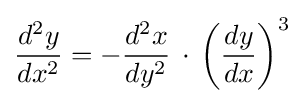
{\frac {d^{2}y}{dx^{2}}}=-{\frac {d^{2}x}{dy^{2}}}\,\cdot \,\left({\frac {dy}{dx}}\right)^{3}